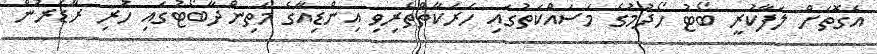
އެގޮތަށް ލަފާކުރީ ބޯޓު ހޯދުމުގެ މަސައްކަތުގައި ހަރަކާތްތެރިވި އިންޑިއާގެ މަތިންދާބޯޓުގައި ހުރި ރާޑަރުން